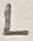
Text: L